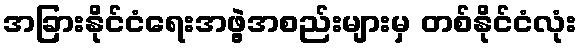
အခြားနိုင်ငံရေးအဖွဲ့အစည်းများမှ တစ်နိုင်ငံလုံး